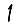
Digit: 1